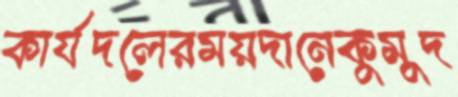
কার্যদলেরময়দানেকুমুদ